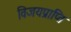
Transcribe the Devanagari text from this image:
विजयप्राप्ति